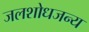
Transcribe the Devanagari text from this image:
जलशोधजन्य